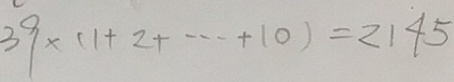
3 9 \times ( 1 + 2 + \cdots + 1 0 ) = 2 1 4 5